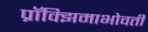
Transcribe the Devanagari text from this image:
प्रॉक्झिमाभोवती